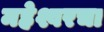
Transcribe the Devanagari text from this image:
महेश्वरचा